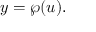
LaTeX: y = \wp ( u ) .